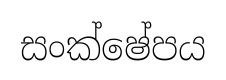
සංක්ෂේපය